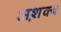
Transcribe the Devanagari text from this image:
अश़क्य